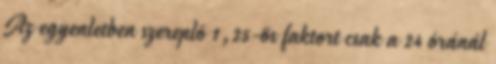
Az egyenletben szereplõ 1,25-ös faktort csak a 24 óránál